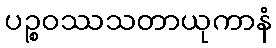
ပဉ္စဝဿသတာယုကာနံ